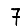
Digit: 7